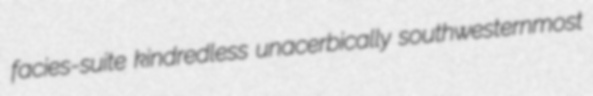
facies-suite kindredless unacerbically southwesternmost